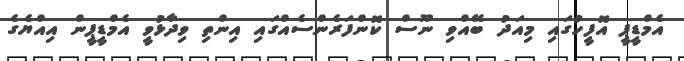
އެމްޑީޕީ އޮފީހުގައި މިއަދު ބޭއްވި ނޫސް ކޮންފަރެންސެއްގައި އިންތި ވިދާޅުވީ އެމްޑީޕީން އިއްޔެގެ